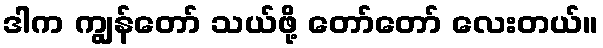
ဒါက ကျွန်တော် သယ်ဖို့ တော်တော် လေးတယ်။